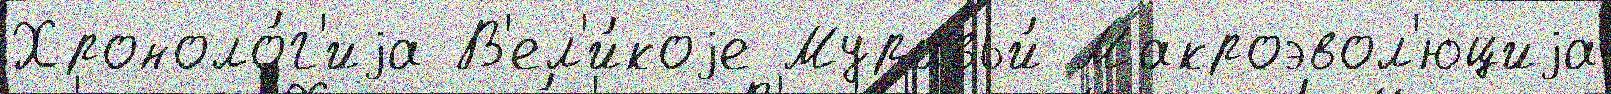
Хроноло́г'иjа В'ел'и́коjе Муравьи́ Макроэвол'юциjа